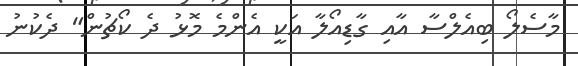
މާސެލޯ ބިއެލްސާ އާއި ގާޑިއޯލާ އަކީ އެންމެ މޮޅު ދެ ކޯޗުން" ދެކުނު